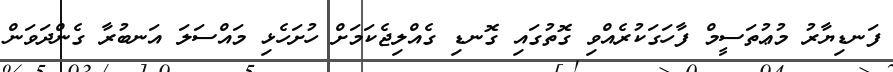
ފަނޑިޔާރު މުޢުތަސީމް ފާހަގަކުރެއްވި ގޮތުގައި ގޮނޑި ގެއްލިޖެކަމަށް ހުށަހެޅި މައްސަލަ އަނބުރާ ގެންދަވަން